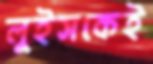
লুইসকেই